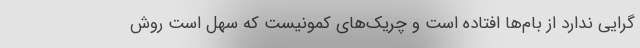
گرایی ندارد از بام‌ها افتاده است و چریک‌های کمونیست که سهل است روش